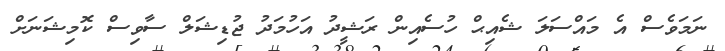
ނަމަވެސް އެ މައްސަލަ ޝެއިޙް ހުސެއިން ރަޝީދު އަހުމަދު ޖުޑިޝަލް ސާވިސް ކޮމިޝަނަށް